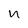
Character: n